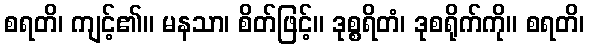
စရတိ၊ ကျင့်၏။ မနသာ၊ စိတ်ဖြင့်။ ဒုစ္စရိတံ၊ ဒုစရိုက်ကို။ စရတိ၊